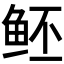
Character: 𱇝